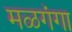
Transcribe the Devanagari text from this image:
मळगंगा